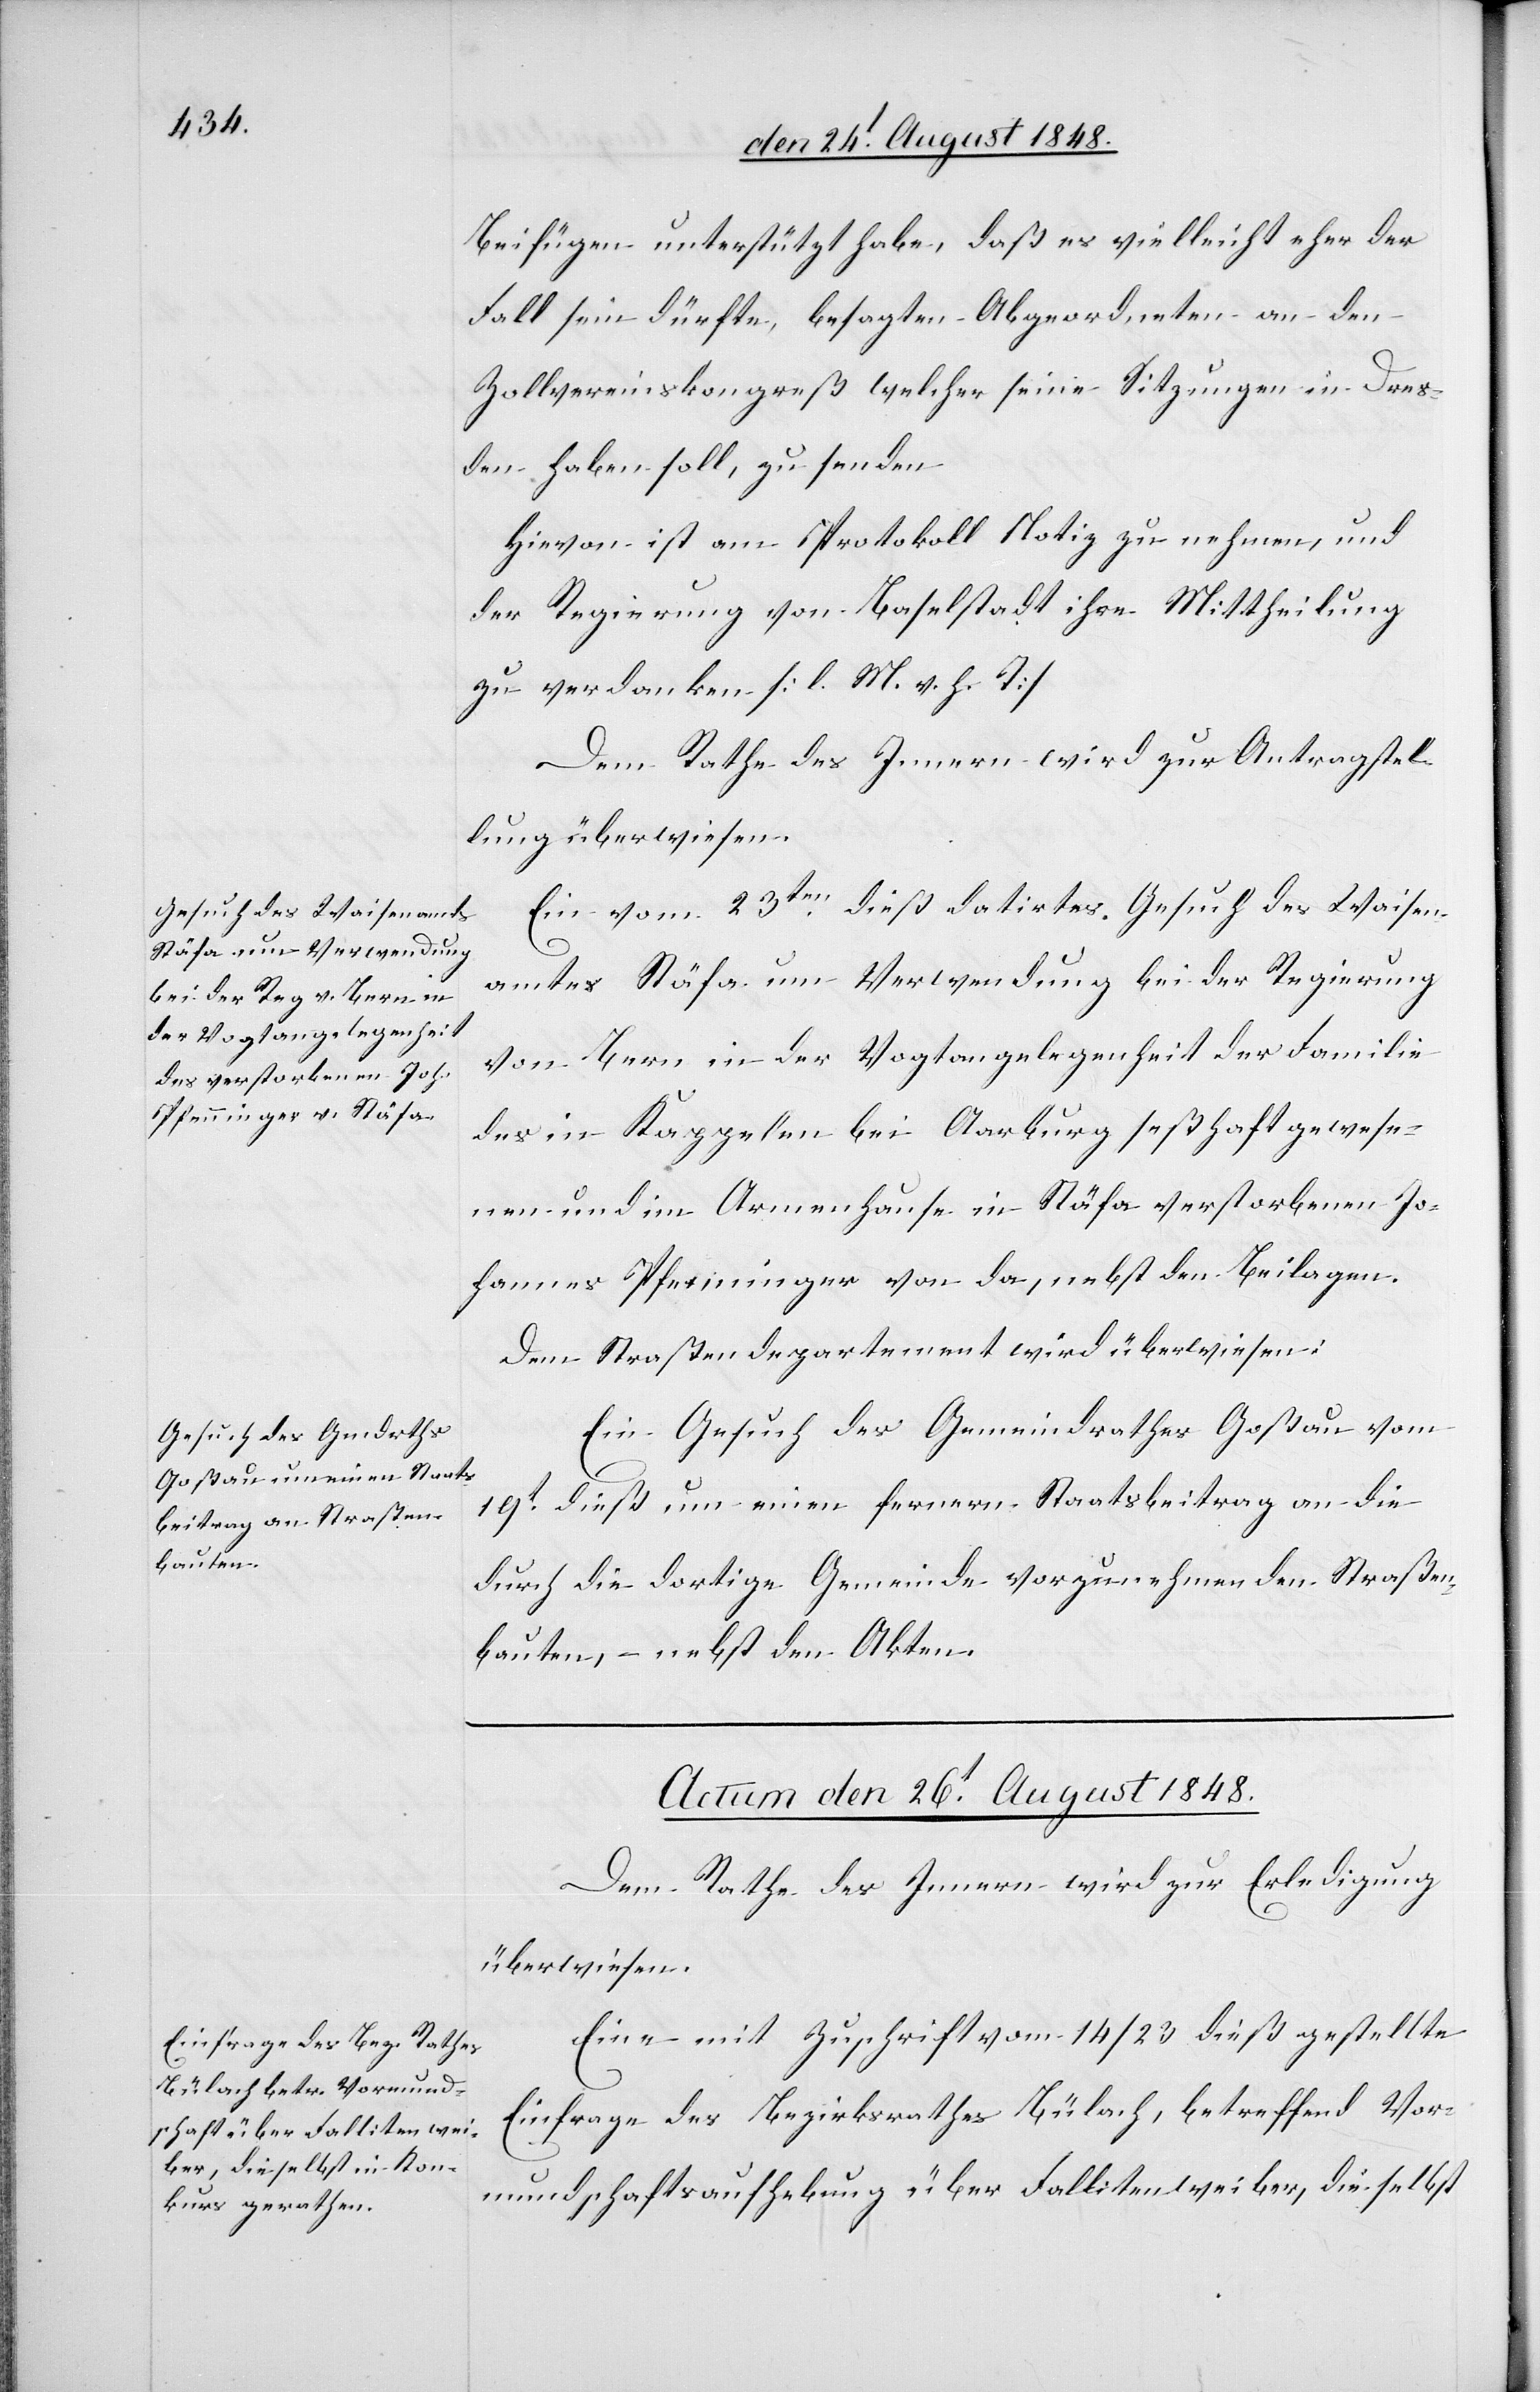
den 25t August 1848.]
Beifügen unterstützt habe, daß es vielleicht eher der
Fall sein dürfte, besagten Abgeordneten an den
Zollvereinskongreß welcher seine Sitzungen in Dres¬
den haben soll, zu senden[.]
Hievon ist am Protokoll Notiz zu nehmen, und
der Regierung von Baselstadt ihre Mittheilung
zu verdanken. [l. M. v. h. T].
Dem Rathe des Innern wird zur Antragstel¬
lung überwiesen.
Ein vom 23ten dieß datirtes Gesuch des Waisen¬
amtes Stäfa um Verwendung bei der Regierung
von Bern in der Vogtangelegenheit der Familie
des in Kappelen bei Aarburg seßhaft gewese¬
nen und im Armenhause in Stäfa verstorbenen Jo¬
hannes Pfenninger von da, nebst den Beilagen.
Dem Straßendepartement wird überwiesen:
Ein Gesuch des Gemeindrathes Goßau vom
19t dieß um einen fernern Staatsbeitrag an die
durch die dortige Gemeinde vorzunehmenden Straßen¬
bauten, – nebst den Akten.
Actum den 26t August 1848.
Dem Rathe des Innern wird zur Erledigung
überwiesen.
Eine mit Zuschrift vom 14/23 dieß gestellte
Einfrage des Bezirksrathes Bülach, betreffend Vor¬
mundschaftsaufhebung über Fallitenweiber, die selbst